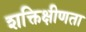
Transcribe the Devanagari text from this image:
शक्तिक्षीणता